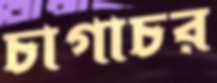
চাগাচর